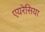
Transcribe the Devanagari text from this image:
एयरेसिया